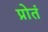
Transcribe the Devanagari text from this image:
प्रोतं